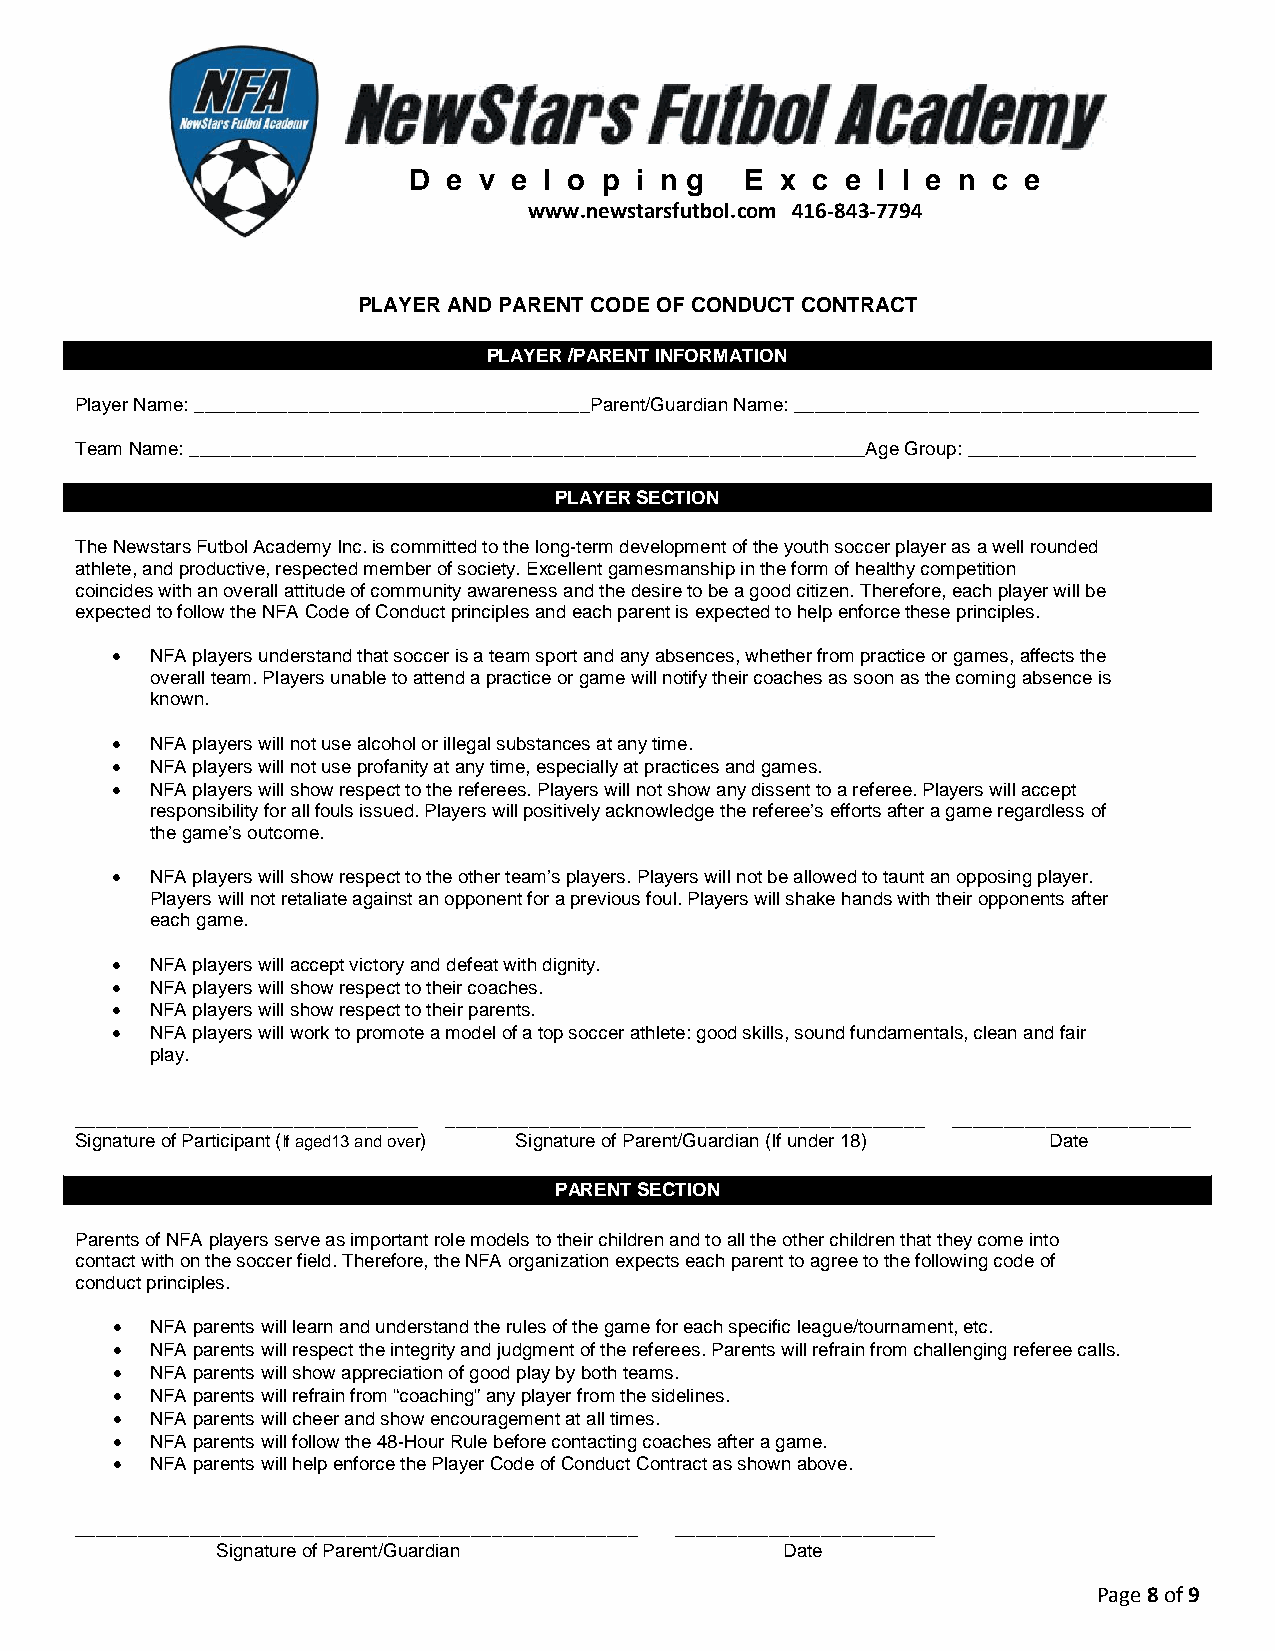
D  e v e l o p i n g  E  x c e l l e n c e
 www.newstarsfutbol.com 416-843-7794
 PLAYER AND PARENT CODE OF CONDUCT CONTRACT
 PLAYER /PARENT INFORMATION
 PLAYER/PARENT INFORMATION
 Player Name: ______________________________________Parent/Guardian Name: _______________________________________
 Team Name: _________________________________________________________________Age Group: ______________________
 PLAYER SECTION
 PLAYER SECTION
 The Newstars Futbol Academy Inc. is committed to the long-term development of the youth soccer player as a well rounded
 athlete, and productive, respected member of society. Excellent gamesmanship in the form of healthy competition
 coincides with an overall attitude of community awareness and the desire to be a good citizen. Therefore, each player will be
 expected to follow the NFA Code of Conduct principles and each parent is expected to help enforce these principles.
 •  NFA players understand that soccer is a team sport and any absences, whether from practice or games, affects the
 overall team. Players unable to attend a practice or game will notify their coaches as soon as the coming absence is
 known.
 •  NFA players will not use alcohol or illegal substances at any time.
 •  NFA players will not use profanity at any time, especially at practices and games.
 •  NFA players will show respect to the referees. Players will not show any dissent to a referee. Players will accept
 responsibility for all fouls issued. Players will positively acknowledge the referee’s efforts after a game regardless of
 the game’s outcome.
 •  NFA players will show respect to the other team’s players. Players will not be allowed to taunt an opposing player.
 Players will not retaliate against an opponent for a previous foul. Players will shake hands with their opponents after
 each game.
 •  NFA players will accept victory and defeat with dignity.
 •  NFA players will show respect to their coaches.
 •  NFA players will show respect to their parents.
 •  NFA players will work to promote a model of a top soccer athlete: good skills, sound fundamentals, clean and fair
 play.
 _________________________________ ______________________________________________ _______________________
 Signature of Participant (If aged13 and over) Signature of Parent/Guardian (If under 18) Date
 PARENT SECTION
 PARENT SECTION
 Parents of NFA players serve as important role models to their children and to all the other children that they come into
 contact with on the soccer field. Therefore, the NFA organization expects each parent to agree to the following code of
 conduct principles.
 •  NFA parents will learn and understand the rules of the game for each specific league/tournament, etc.
 •  NFA parents will respect the integrity and judgment of the referees. Parents will refrain from challenging referee calls.
 •  NFA parents will show appreciation of good play by both teams.
 •  NFA parents will refrain from “coaching” any player from the sidelines.
 •  NFA parents will cheer and show encouragement at all times.
 •  NFA parents will follow the 48-Hour Rule before contacting coaches after a game.
 •  NFA parents will help enforce the Player Code of Conduct Contract as shown above.
 ______________________________________________________ _________________________
 Signature of Parent/Guardian          Date
 Page 8 of 9